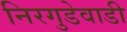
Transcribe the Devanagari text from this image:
निरगुडेवाडी